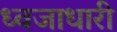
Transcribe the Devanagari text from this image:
ध्‍वजाधारी